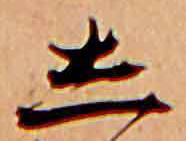
し